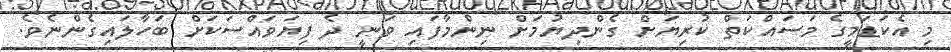
މި އެކަޑަމީގެ މަސައްކަތް ކުރިޔަށް ގެންދިޔުމަށް ނިންމާފައި ވަނީ ދެ ފިޔަވައްސަކަށް ބަހާލައިގެންނެވެ.